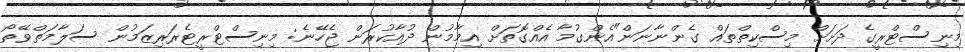
މިނިސްޓްރީގެ ދަށަށް މިސްކިތްތައް ގެންނާނަން"އެންގުމާ އެއްގޮތަށް އިމާމުން ދުއާކުރަން ޖެހޭނެ: މިނިސްޓްރީޓެރަރިޒަމުން ސަލާމަތްވޭތޯ